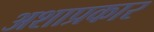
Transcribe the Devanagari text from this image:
अशाप्रकार